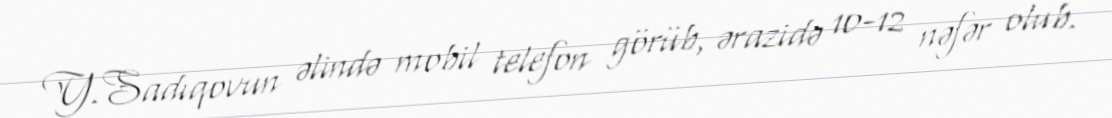
Y.Sadıqovun əlində mobil telefon görüb, ərazidə 10-12 nəfər olub.